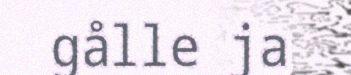
gålle ja